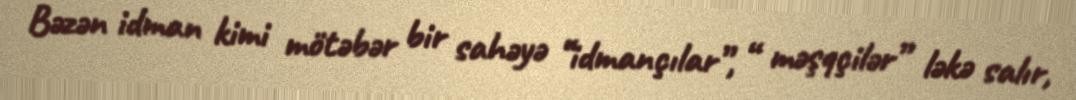
Bəzən idman kimi mötəbər bir sahəyə “idmançılar”, “ məşqçilər” ləkə salır,